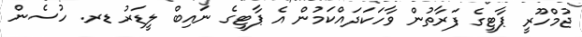
ޖުމްހޫރީ ޕާޓީގެ ފަރާތުން ވާހަކަދައްކަމުން އެ ޕާޓީގެ ނައިބް ލީޑަރު ޑރ. ހުސެން